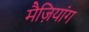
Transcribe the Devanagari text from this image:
मैज़ियांग